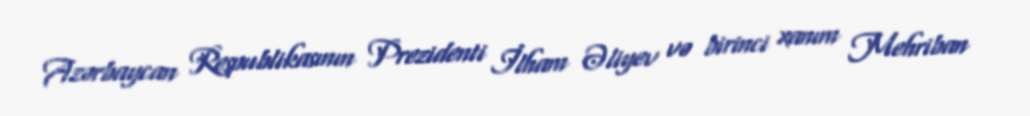
Azərbaycan Respublikasının Prezidenti İlham Əliyev və birinci xanım Mehriban